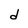
Character: d